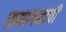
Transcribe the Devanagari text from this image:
समागमाची